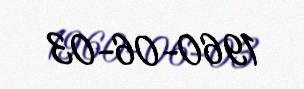
1960-06-03